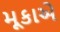
મૂકાએ